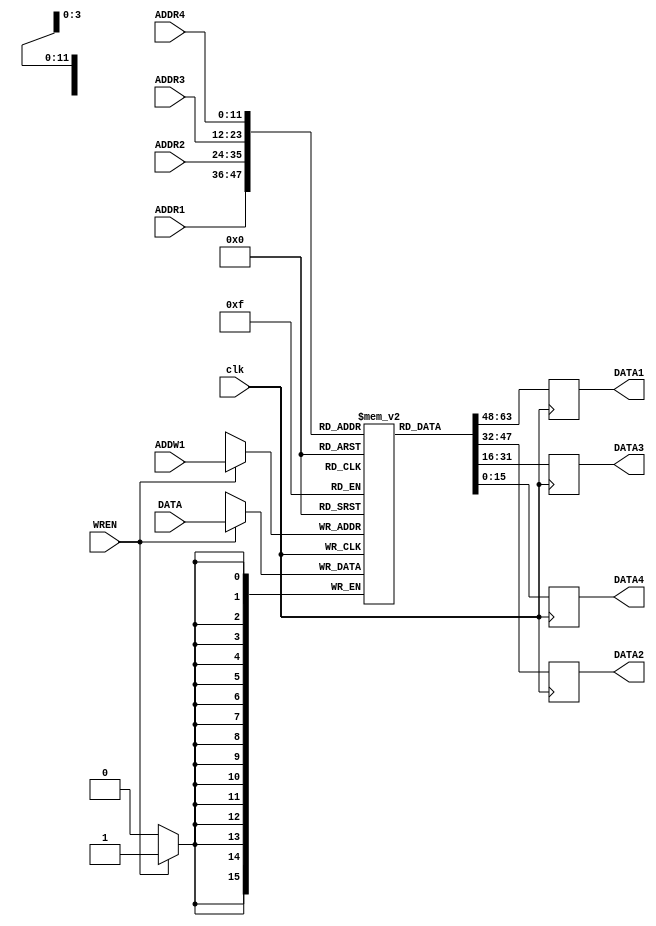
module RAM(
	input [11:0] ADDR1,
	input [11:0] ADDR2,
	input [11:0] ADDR3,
	input [11:0] ADDR4,
	input [11:0] ADDW1,
	input [15:0] DATA,
	input WREN,
	output reg [15:0] DATA1,
	output reg [15:0] DATA2,
	output reg [15:0] DATA3,
	output reg [15:0] DATA4,
	input clk);
	
	reg [15:0] ram [4091:0];
	always @(posedge clk) begin
		DATA1 = ram[ADDR1];
		DATA2 = ram[ADDR2];
		DATA3 = ram[ADDR3];
		DATA4 = ram[ADDR4];
		if (WREN) ram[ADDW1] = DATA;
	end
	initial begin
		
		//(SIM)DONOTREMOVE//
		
	end
endmodule